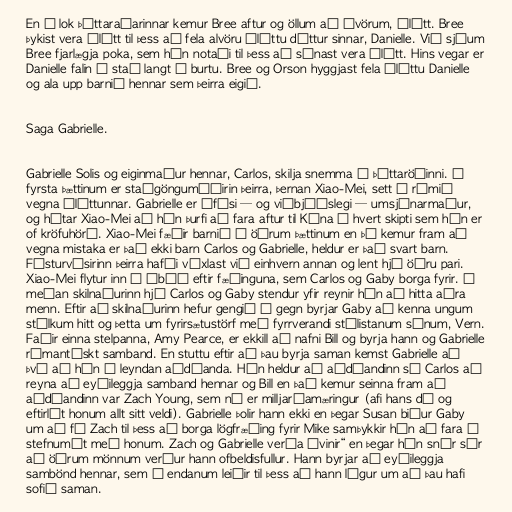
En í lok þáttaraðarinnar kemur Bree aftur og öllum að óvörum, ólétt. Bree
þykist vera ólétt til þess að fela alvöru óléttu dóttur sinnar, Danielle. Við sjáum
Bree fjarlægja poka, sem hún notaði til þess að sýnast vera ólétt. Hins vegar er
Danielle falin á stað langt í burtu. Bree og Orson hyggjast fela óléttu Danielle
og ala upp barnið hennar sem þeirra eigið.

Saga Gabrielle.

Gabrielle Solis og eiginmaður hennar, Carlos, skilja snemma í þáttaröðinni. Í
fyrsta þættinum er staðgöngumóðirin þeirra, þernan Xiao-Mei, sett í rúmið
vegna óléttunnar. Gabrielle er ófúsi — og viðbjóðslegi — umsjónarmaður,
og hótar Xiao-Mei að hún þurfi að fara aftur til Kína í hvert skipti sem hún er
of kröfuhörð. Xiao-Mei fæðir barnið í öðrum þættinum en þá kemur fram að
vegna mistaka er það ekki barn Carlos og Gabrielle, heldur er það svart barn.
Fósturvísirinn þeirra hafði víxlast við einhvern annan og lent hjá öðru pari.
Xiao-Mei flytur inn í íbúð eftir fæðinguna, sem Carlos og Gaby borga fyrir. Á
meðan skilnaðurinn hjá Carlos og Gaby stendur yfir reynir hún að hitta aðra
menn. Eftir að skilnaðurinn hefur gengið í gegn byrjar Gaby að kenna ungum
stúlkum hitt og þetta um fyrirsætustörf með fyrrverandi stílistanum sínum, Vern.
Faðir einna stelpanna, Amy Pearce, er ekkill að nafni Bill og byrja hann og Gabrielle
rómantískt samband. En stuttu eftir að þau byrja saman kemst Gabrielle að
því að hún á leyndan aðdáanda. Hún heldur að aðdáandinn sé Carlos að
reyna að eyðileggja samband hennar og Bill en það kemur seinna fram að
aðdáandinn var Zach Young, sem nú er milljarðamæringur (afi hans dó og
eftirlét honum allt sitt veldi). Gabrielle þolir hann ekki en þegar Susan biður Gaby
um að fá Zach til þess að borga lögfræðing fyrir Mike samþykkir hún að fara á
stefnumót með honum. Zach og Gabrielle verða „vinir“ en þegar hún snýr sér
að öðrum mönnum verður hann ofbeldisfullur. Hann byrjar að eyðileggja
sambönd hennar, sem á endanum leiðir til þess að hann lýgur um að þau hafi
sofið saman.